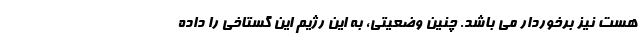
هست نیز برخوردار می باشد. چنین وضعیتی، به این رژیم این گستاخی را داده